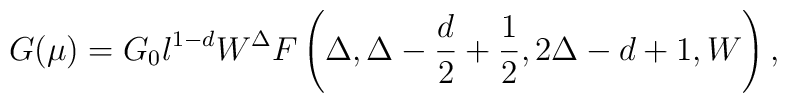
G(\mu)=G_0 l^{1-d} W^{\Delta} F \left(\Delta,\Delta-\frac{d}{2}+\frac{1}{2},2\Delta -d+1,W \right) ,